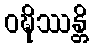
ဝဍ္ဎိဿန္တိ